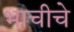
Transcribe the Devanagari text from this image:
भाचीचे